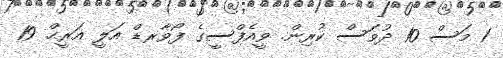
1 މަސް 10 ދުވަސް ކުރިން. ވީއެފްސީގެ ފޯވާރޑް އަލީ އަރީޙް 19